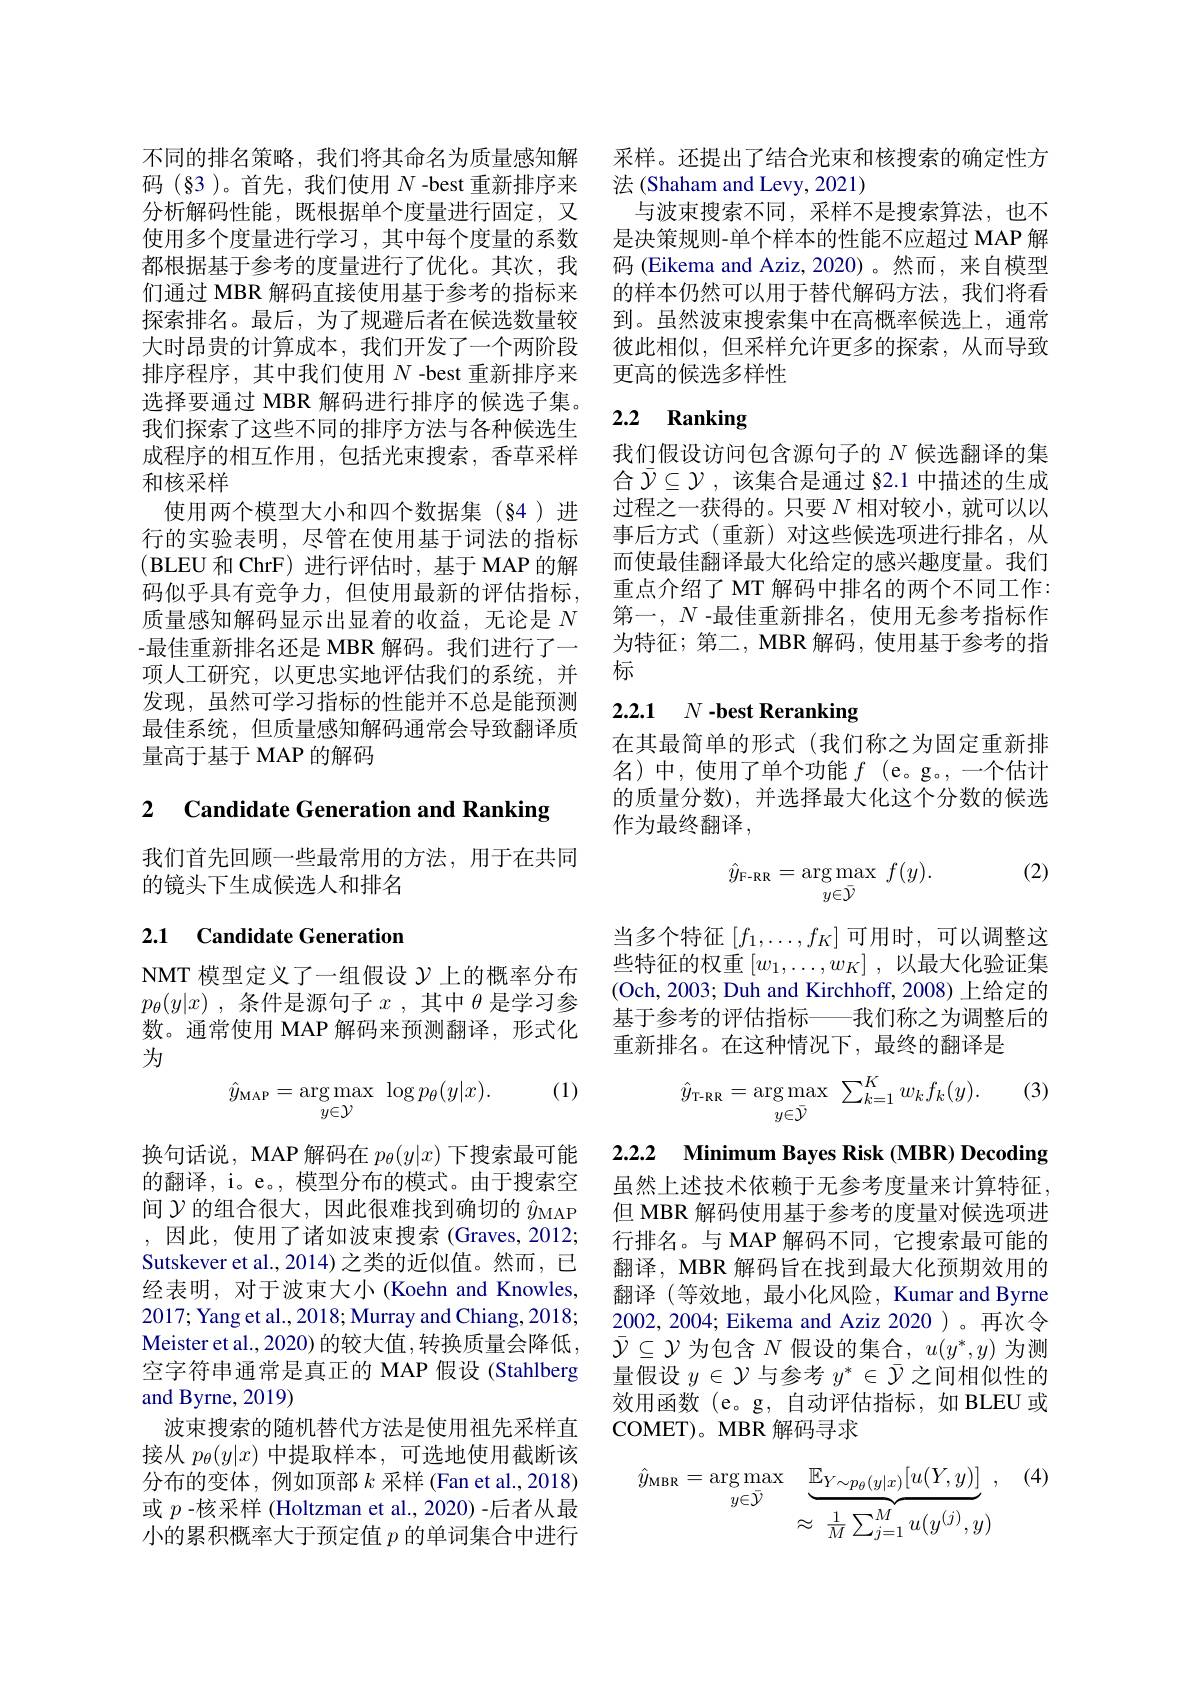
不同的排名策略，我们将其命名为质量感知解码(§3)。首先，我们使用$N$ -best 重新排序来分析解码性能，既根据单个度量进行固定，又使用多个度量进行学习，其中每个度量的系数都根据基于参考的度量进行了优化。其次，我们通过 MBR 解码直接使用基于参考的指标来探索排名。最后，为了规避后者在候选数量较大时昂贵的计算成本，我们开发了一个两阶段排序程序，其中我们使用$N$ -best 重新排序来选择要通过 MBR 解码进行排序的候选子集。我们探索了这些不同的排序方法与各种候选生成程序的相互作用，包括光束搜索，香草采样和核采样
使用两个模型大小和四个数据集(§4)进行的实验表明，尽管在使用基于词法的指标(BLEU 和 ChrF) 进行评估时，基于 MAP 的解码似乎具有竞争力，但使用最新的评估指标， 质量感知解码显示出显着的收益，无论是$N$ -最佳重新排名还是 MBR 解码。我们进行了一项人工研究，以更忠实地评估我们的系统，并发现，虽然可学习指标的性能并不总是能预测最佳系统，但质量感知解码通常会导致翻译质量高于基于 MAP 的解码

2 Candidate Generation and Ranking

我们首先回顾一些最常用的方法，用于在共同
的镜头下生成候选人和排名

## 2.1 Candidate Generation

NMT 模型定义了一组假设$\mathcal{Y}$上的概率分布$p_\theta ( y| x)$ , 条 件 是 源 句 子 $x$ ,其中$\theta$是学习参数。通常使用 MAP 解码来预测翻译，形式化为

(1)
$$\hat{y}_{\text{MAP}}=\underset{y\in\mathcal{Y}}{\arg\max}\:\log p_{\theta}(y|x).$$
换句话说，MAP 解码在$p_\theta(y|x)$下搜索最可能的翻译，i。e。,模型分布的模式。由于搜索空间$\mathcal{Y}$的组合很大，因此很难找到确切的$\hat{y}_\mathrm{MAP}$ ,因此，使用了诸如波束搜索(Graves,2012; Sutskever et al., 2014) 之类的近似值。然而，已经表明，对于波束大小(Koehn and Knowles, 2017; Yang et al., 2018; Murray and Chiang, 2018; Meister et al. , 2020)的较大值，转换质量会降低， 空字符串通常是真正的 MAP 假设 (Stahlberg and Byrne, 2019)
波束搜索的随机替代方法是使用祖先采样直接从$p_\theta(y|x)$中提取样本，可选地使用截断该分布的变体，例如顶部$k$采样 (Fan et al.,2018) 或$p$ -核采样 (Holtzman et al., 2020) -后者从最小的累积概率大于预定值$p$的单词集合中进行

采样。还提出了结合光束和核搜索的确定性方
法 (Shaham and Levy, 2021)
与波束搜索不同，采样不是搜索算法，也不是决策规则-单个样本的性能不应超过 MAP 解码 (Eikema and Aziz,2020)。然而，来自模型的样本仍然可以用于替代解码方法，我们将看到。虽然波束搜索集中在高概率候选上，通常彼此相似，但采样允许更多的探索，从而导致更高的候选多样性

# 2.2 Ranking

我们假设访问包含源句子的$N$候选翻译的集合$\bar{\mathcal{Y}}\subseteq\mathcal{Y}$ ,该集合是通过 §2.1 中描述的生成过程之一获得的。只要$N$相对较小，就可以以事后方式(重新)对这些候选项进行排名，从而使最佳翻译最大化给定的感兴趣度量。我们重点介绍了 MT 解码中排名的两个不同工作： 第一，$N$ -最佳重新排名，使用无参考指标作为特征；第二，MBR 解码，使用基于参考的指标

# 2.2.1 $N$ -best Reranking

在其最简单的形式(我们称之为固定重新排名)中，使用了单个功能$f$ (e。g。,一个估计的质量分数),并选择最大化这个分数的候选作为最终翻译，

(2)
$$\hat{y}_{\text{F-RR}}=\underset{y\in\bar{\mathcal{Y}}}{\arg\max}\:f(y).$$
当多个特征$[f_1,\ldots,f_K]$可用时，可以调整这些特征的权重$\left[w_1,\ldots,w_K\right]$,以最大化验证集(Och, 2003; Duh and Kirchhoff, 2008) 上给定的基于参考的评估指标-
-我们称之为调整后的
重新排名。在这种情况下，最终的翻译是

(3)
$$\hat{y}_{\mathrm{T-RR}}=\arg\max_{y\in\bar{\mathcal{Y}}}\:\sum_{k=1}^{K}w_{k}f_{k}(y).$$
2.2.2 Minimum Bayes Risk (MBR) Decoding

虽然上述技术依赖于无参考度量来计算特征， 但 MBR 解码使用基于参考的度量对候选项进行排名。与 MAP 解码不同，它搜索最可能的翻译，MBR 解码旨在找到最大化预期效用的翻译 (等效地，最小化风险，Kumar and Byrne 2002,2004; Eikema and Aziz 2020)。再次令$\bar{\mathcal{Y}}\subseteq\mathcal{Y}$为包含$N$假设的集合，$u(y^*,y)$为测量假设$y\in\mathcal{Y}$与参考$y^*\in\bar{\mathcal{Y}}$之间相似性的效用函数(e。g,自动评估指标，如 BLEU 或COMET)。MBR 解码寻求

(4)
$$\begin{aligned}\hat{y}_{\mathrm{MBR}}=\arg\max_{y\in\bar{\mathcal{Y}}}&\underbrace{\mathbb{E}_{Y\sim p_{\theta}(y|x)}[u(Y,y)]}_{\approx\frac{1}{M}\sum_{j=1}^{M}u(y^{(j)},y)}\:,\end{aligned}$$